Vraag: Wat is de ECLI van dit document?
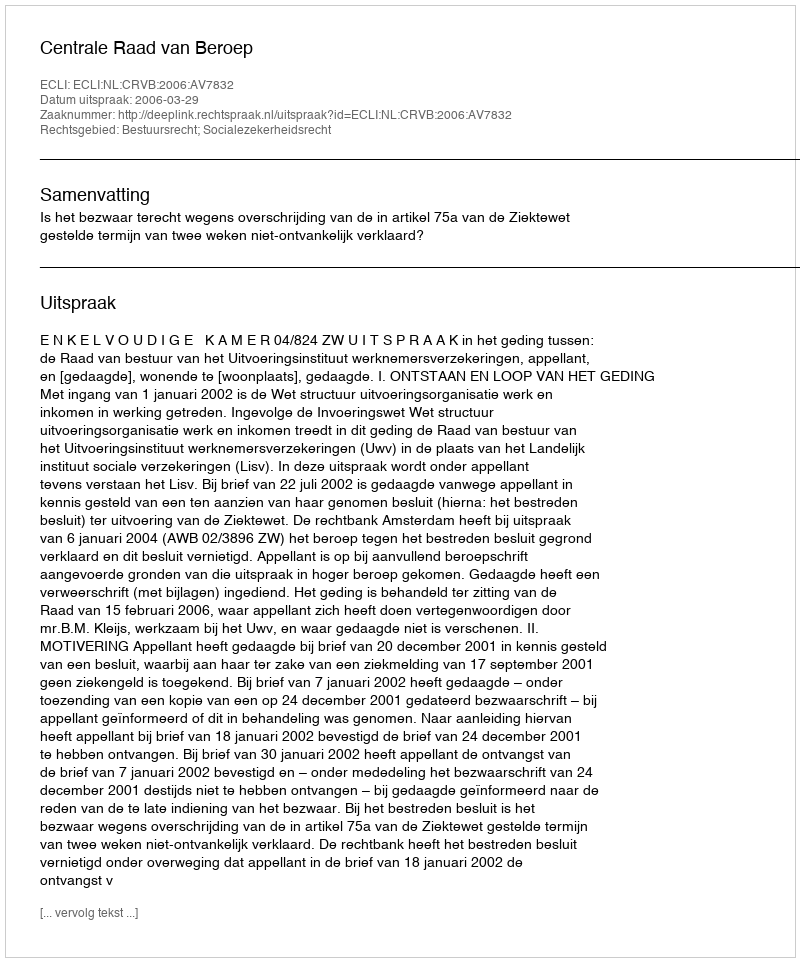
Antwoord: ECLI:NL:CRVB:2006:AV7832